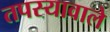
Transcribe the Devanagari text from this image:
तपस्यावाले